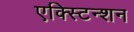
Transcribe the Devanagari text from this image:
एक्स्टिन्शन